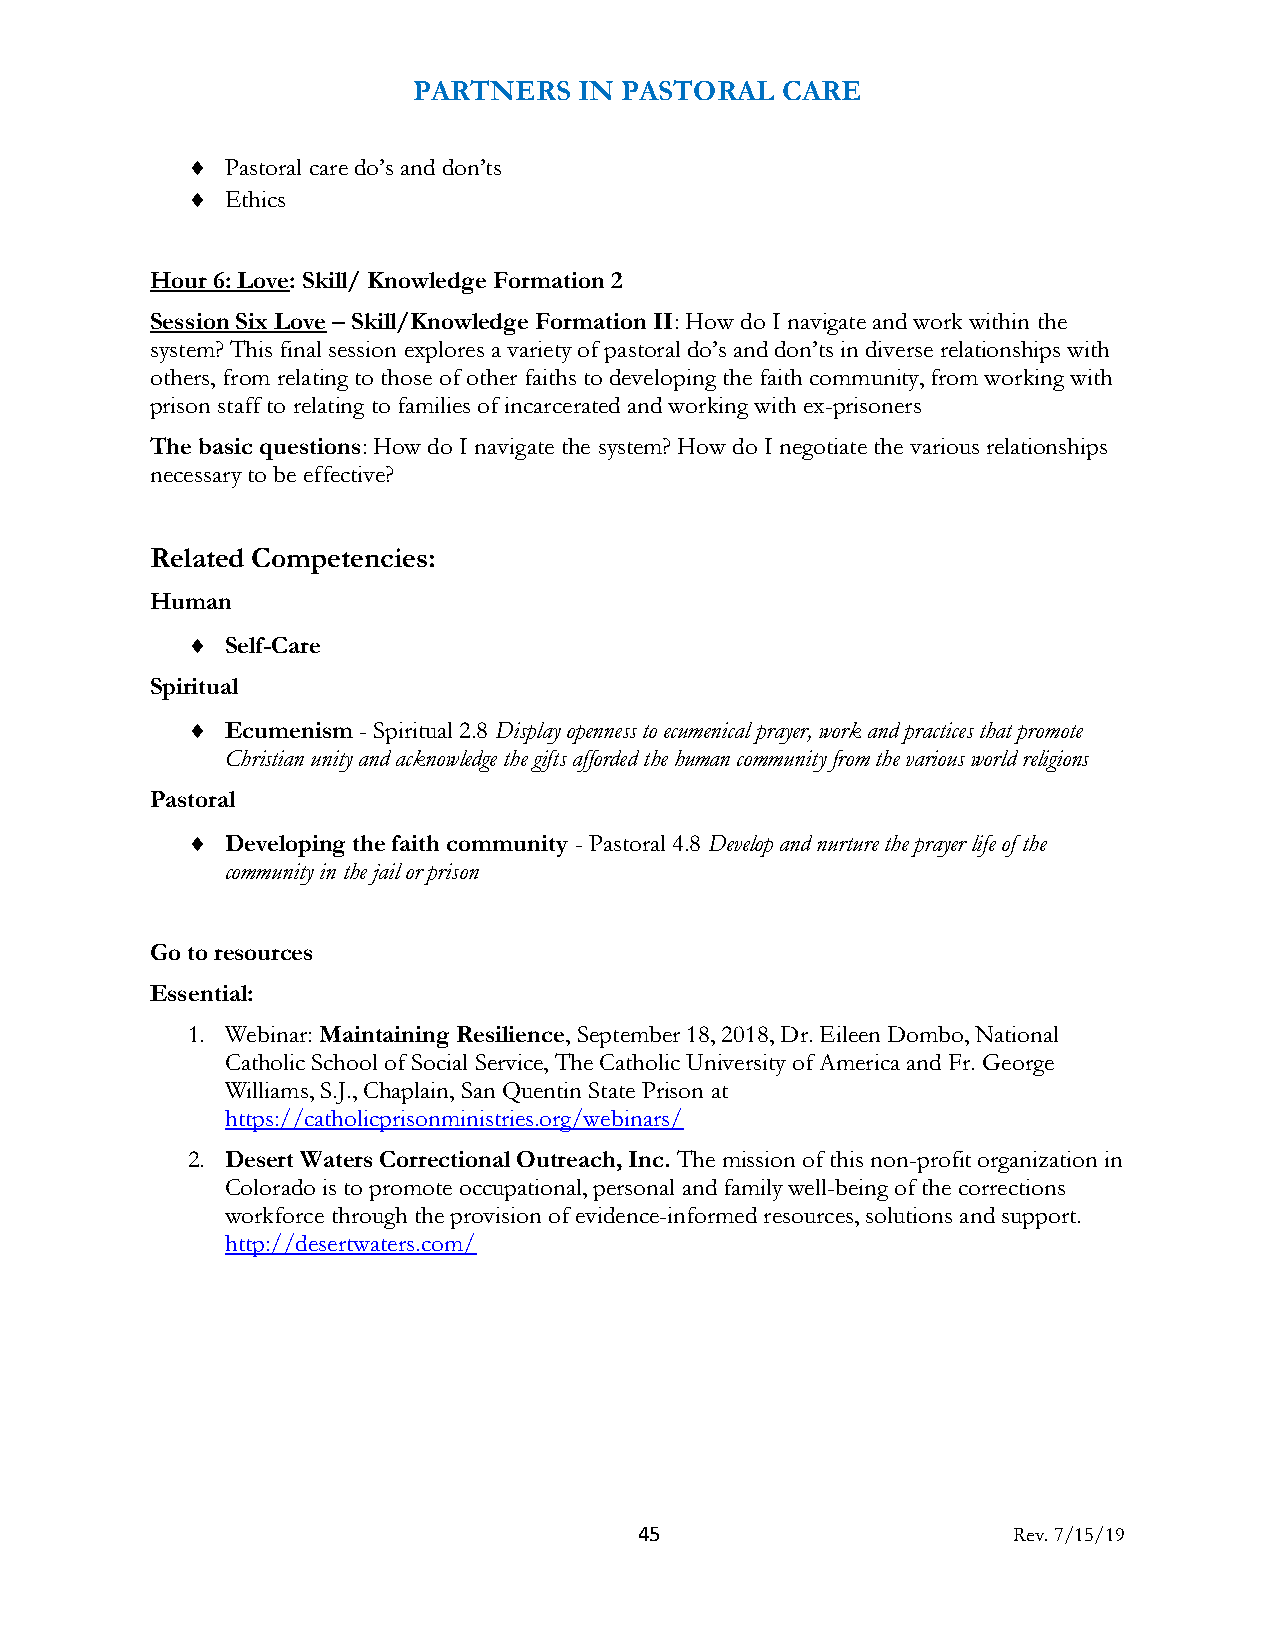
PARTNERS   IN PASTORAL   CARE
   Pastoral care do’s and don’ts
   Ethics
 Hour 6: Love: Skill/ Knowledge Formation 2
 Session Six Love – Skill/Knowledge Formation II: How do I navigate and work within the
 system? This final session explores a variety of pastoral do’s and don’ts in diverse relationships with
 others, from relating to those of other faiths to developing the faith community, from working with
 prison staff to relating to families of incarcerated and working with ex-prisoners
 The basic questions: How do I navigate the system? How do I negotiate the various relationships
 necessary to be effective?
 Related Competencies:
 Human
   Self-Care
 Spiritual
   Ecumenism - Spiritual 2.8 Display openness to ecumenical prayer, work and practices that promote
 Christian unity and acknowledge the gifts afforded the human community from the various world religions
 Pastoral
   Developing the faith community - Pastoral 4.8 Develop and nurture the prayer life of the
 community in the jail or prison
 Go to resources
 Essential:
 1. Webinar: Maintaining Resilience, September 18, 2018, Dr. Eileen Dombo, National
 Catholic School of Social Service, The Catholic University of America and Fr. George
 Williams, S.J., Chaplain, San Quentin State Prison at
 https://catholicprisonministries.org/webinars/
 2. Desert Waters Correctional Outreach, Inc. The mission of this non-profit organization in
 Colorado is to promote occupational, personal and family well-being of the corrections
 workforce through the provision of evidence-informed resources, solutions and support.
 http://desertwaters.com/
 45                       Rev. 7/15/19